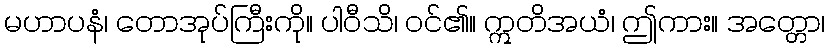
မဟာပနံ၊ တောအုပ်ကြီးကို။ ပါဝီသိ၊ ဝင်၏။ ဣတိအယံ၊ ဤကား။ အတ္တော၊